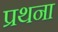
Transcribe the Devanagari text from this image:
प्रथना